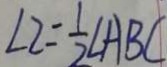
\angle 2 = \frac { 1 } { 2 } \angle A B C